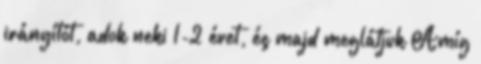
irányítót, adok neki 1-2 évet, és majd meglátjuk Amíg